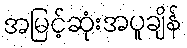
အမြင့်ဆုံးအပူချိန်